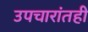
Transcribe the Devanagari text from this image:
उपचारांतही